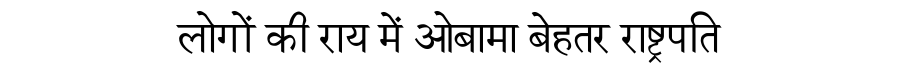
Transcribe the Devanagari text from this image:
लोगों की राय में ओबामा बेहतर राष्ट्रपति